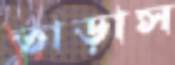
তাড়াস